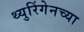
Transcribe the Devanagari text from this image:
थ्युरिंगेनच्या